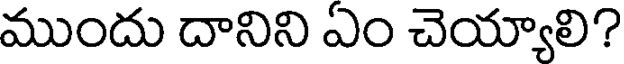
ముందు దానిని ఏం చెయ్యాలి?